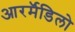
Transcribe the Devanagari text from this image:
आरर्मॅडिलो